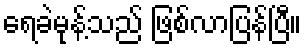
ရေခဲမုန့်သည် ဖြစ်လာပြန်ပြီ။